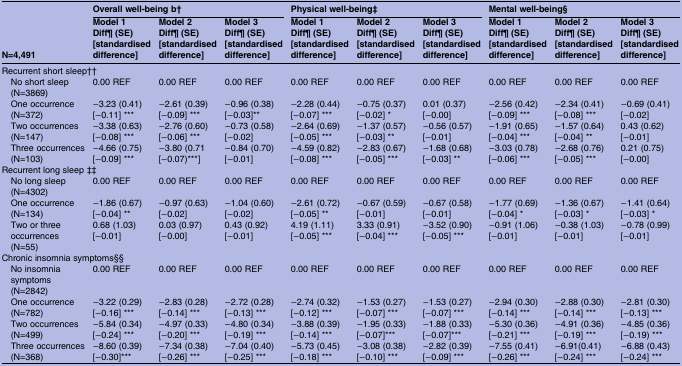
<table><thead><tr><td rowspan="2"><b>N=4,491</b></td><td colspan="3"><b>Overall well-being b†</b></td><td colspan="3"><b>Physical well-being‡</b></td><td colspan="3"><b>Mental well-being§</b></td></tr><tr><td><b>Model 1Diff¶ (SE) [standardised difference]</b></td><td><b>Model 2Diff¶ (SE) [standardised difference]</b></td><td><b>Model 3Diff¶ (SE)[standardised difference]</b></td><td><b>Model 1Diff¶ (SE) [standardised difference]</b></td><td><b>Model 2Diff¶ (SE) [standardised difference]</b></td><td><b>Model 3Diff¶ (SE) [standardised difference]</b></td><td><b>Model 1Diff¶ (SE) [standardised difference]</b></td><td><b>Model 2Diff¶ (SE) [standardised difference]</b></td><td><b>Model 3Diff¶ (SE) [standardised difference]</b></td></tr></thead><tbody><tr><td colspan="10">Recurrent short sleep††</td></tr><tr><td> No short sleep (N=3869)</td><td>0.00 REF</td><td>0.00 REF</td><td>0.00 REF</td><td>0.00 REF</td><td>0.00 REF</td><td>0.00 REF</td><td>0.00 REF</td><td>0.00 REF</td><td>0.00 REF</td></tr><tr><td> One occurrence (N=372)</td><td>−3.23 (0.41)[−0.11] ***</td><td>−2.61 (0.39)[−0.09] ***</td><td>−0.96 (0.38)[−0.03]**</td><td>−2.28 (0.44)[−0.07] ***</td><td>−0.75 (0.37)[−0.02] *</td><td>0.01 (0.37)[−0.00]</td><td>−2.56 (0.42)[−0.09] ***</td><td>−2.34 (0.41)[−0.08] ***</td><td>−0.69 (0.41)[−0.02]</td></tr><tr><td> Two occurrences (N=147)</td><td>−3.38 (0.63)[−0.08] ***</td><td>−2.76 (0.60)[−0.06] ***</td><td>−0.73 (0.58)[−0.02]</td><td>−2.64 (0.69)[−0.05] ***</td><td>−1.37 (0.57)[−0.03] **</td><td>−0.56 (0.57)[−0.01]</td><td>−1.91 (0.65)[−0.04] ***</td><td>−1.57 (0.64)[−0.04] **</td><td>0.43 (0.62)[−0.01]</td></tr><tr><td> Three occurrences (N=103)</td><td>−4.66 (0.75)[−0.09] ***</td><td>−3.80 (0.71[−0.07)***]</td><td>−0.84 (0.70)[−0.01]</td><td>−4.59 (0.82)[−0.08] ***</td><td>−2.83 (0.67)[−0.05] ***</td><td>−1.68 (0.68)[−0.03] **</td><td>−3.03 (0.78)[−0.06] ***</td><td>−2.68 (0.76)[−0.05] ***</td><td>0.21 (0.75)[−0.00]</td></tr><tr><td colspan="10">Recurrent long sleep ‡‡</td></tr><tr><td> No long sleep (N=4302)</td><td>0.00 REF</td><td>0.00 REF</td><td>0.00 REF</td><td>0.00 REF</td><td>0.00 REF</td><td>0.00 REF</td><td>0.00 REF</td><td>0.00 REF</td><td>0.00 REF</td></tr><tr><td> One occurrence (N=134)</td><td>−1.86 (0.67)[−0.04] **</td><td>−0.97 (0.63)[−0.02]</td><td>−1.04 (0.60)[−0.02]</td><td>−2.61 (0.72)[−0.05] **</td><td>−0.67 (0.59)[−0.01]</td><td>−0.67 (0.58)[−0.01]</td><td>−1.77 (0.69)[−0.04] *</td><td>−1.36 (0.67)[−0.03] *</td><td>−1.41 (0.64)[−0.03] *</td></tr><tr><td> Two or three occurrences (N=55)</td><td>0.68 (1.03)[−0.01]</td><td>0.03 (0.97)[−0.00]</td><td>0.43 (0.92)[−0.01]</td><td>4.19 (1.11)[−0.05] ***</td><td>3.33 (0.91)[−0.04] ***</td><td>−3.52 (0.90)[−0.05] ***</td><td>−0.91 (1.06)[−0.01]</td><td>−0.38 (1.03)[−0.01]</td><td>−0.78 (0.99)[−0.01]</td></tr><tr><td colspan="10">Chronic insomnia symptoms§§</td></tr><tr><td> No insomnia symptoms (N=2842)</td><td>0.00 REF</td><td>0.00 REF</td><td>0.00 REF</td><td>0.00 REF</td><td>0.00 REF</td><td>0.00 REF</td><td>0.00 REF</td><td>0.00 REF</td><td>0.00 REF</td></tr><tr><td> One occurrence (N=782)</td><td>−3.22 (0.29)[−0.16] ***</td><td>−2.83 (0.28)[−0.14] ***</td><td>−2.72 (0.28)[−0.13] ***</td><td>−2.74 (0.32)[−0.12] ***</td><td>−1.53 (0.27)[−0.07] ***</td><td>−1.53 (0.27)[−0.07] ***</td><td>−2.94 (0.30)[−0.14] ***</td><td>−2.88 (0.30)[−0.14] ***</td><td>−2.81 (0.30)[−0.13] ***</td></tr><tr><td> Two occurrences (N=499)</td><td>−5.84 (0.34)[−0.24] ***</td><td>−4.97 (0.33)[−0.20] ***</td><td>−4.80 (0.34)[−0.19] ***</td><td>−3.88 (0.39)[−0.14] ***</td><td>−1.95 (0.33)[−0.07]***</td><td>−1.88 (0.33)[−0.07]***</td><td>−5.30 (0.36)[−0.21] ***</td><td>−4.91 (0.36)[−0.19] ***</td><td>−4.85 (0.36)[−0.19) ***</td></tr><tr><td> Three occurrences (N=368)</td><td>−8.60 (0.39)[−0.30]***</td><td>−7.34 (0.38)[−0.26] ***</td><td>−7.04 (0.40)[−0.25] ***</td><td>−5.73 (0.45)[−0.18] ***</td><td>−3.08 (0.38)[−0.10] ***</td><td>−2.82 (0.39)[−0.09] ***</td><td>−7.55 (0.41)[−0.26] ***</td><td>−6.91(0.41)[−0.24] ***</td><td>−6.88 (0.43)[−0.24] ***</td></tr></tbody></table>